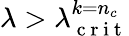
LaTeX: \lambda>\lambda_{\mathrm{~c~r~i~t~}}^{k=n_{c}}